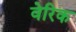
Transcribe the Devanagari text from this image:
वेरिक